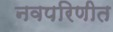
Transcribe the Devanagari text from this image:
नवपरिणीत